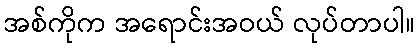
အစ်ကိုက အရောင်းအဝယ် လုပ်တာပါ။